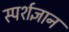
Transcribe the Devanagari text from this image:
स्‍पर्शज्ञान